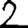
Digit: 2